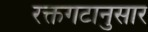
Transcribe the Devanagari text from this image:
रक्तगटानुसार